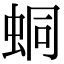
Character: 𧊚